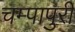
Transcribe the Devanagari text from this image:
चम्‍पापुरी